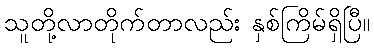
သူတို့လာတိုက်တာလည်း နှစ်ကြိမ်ရှိပြီ။